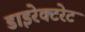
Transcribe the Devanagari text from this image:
डाइरेक्टरेट